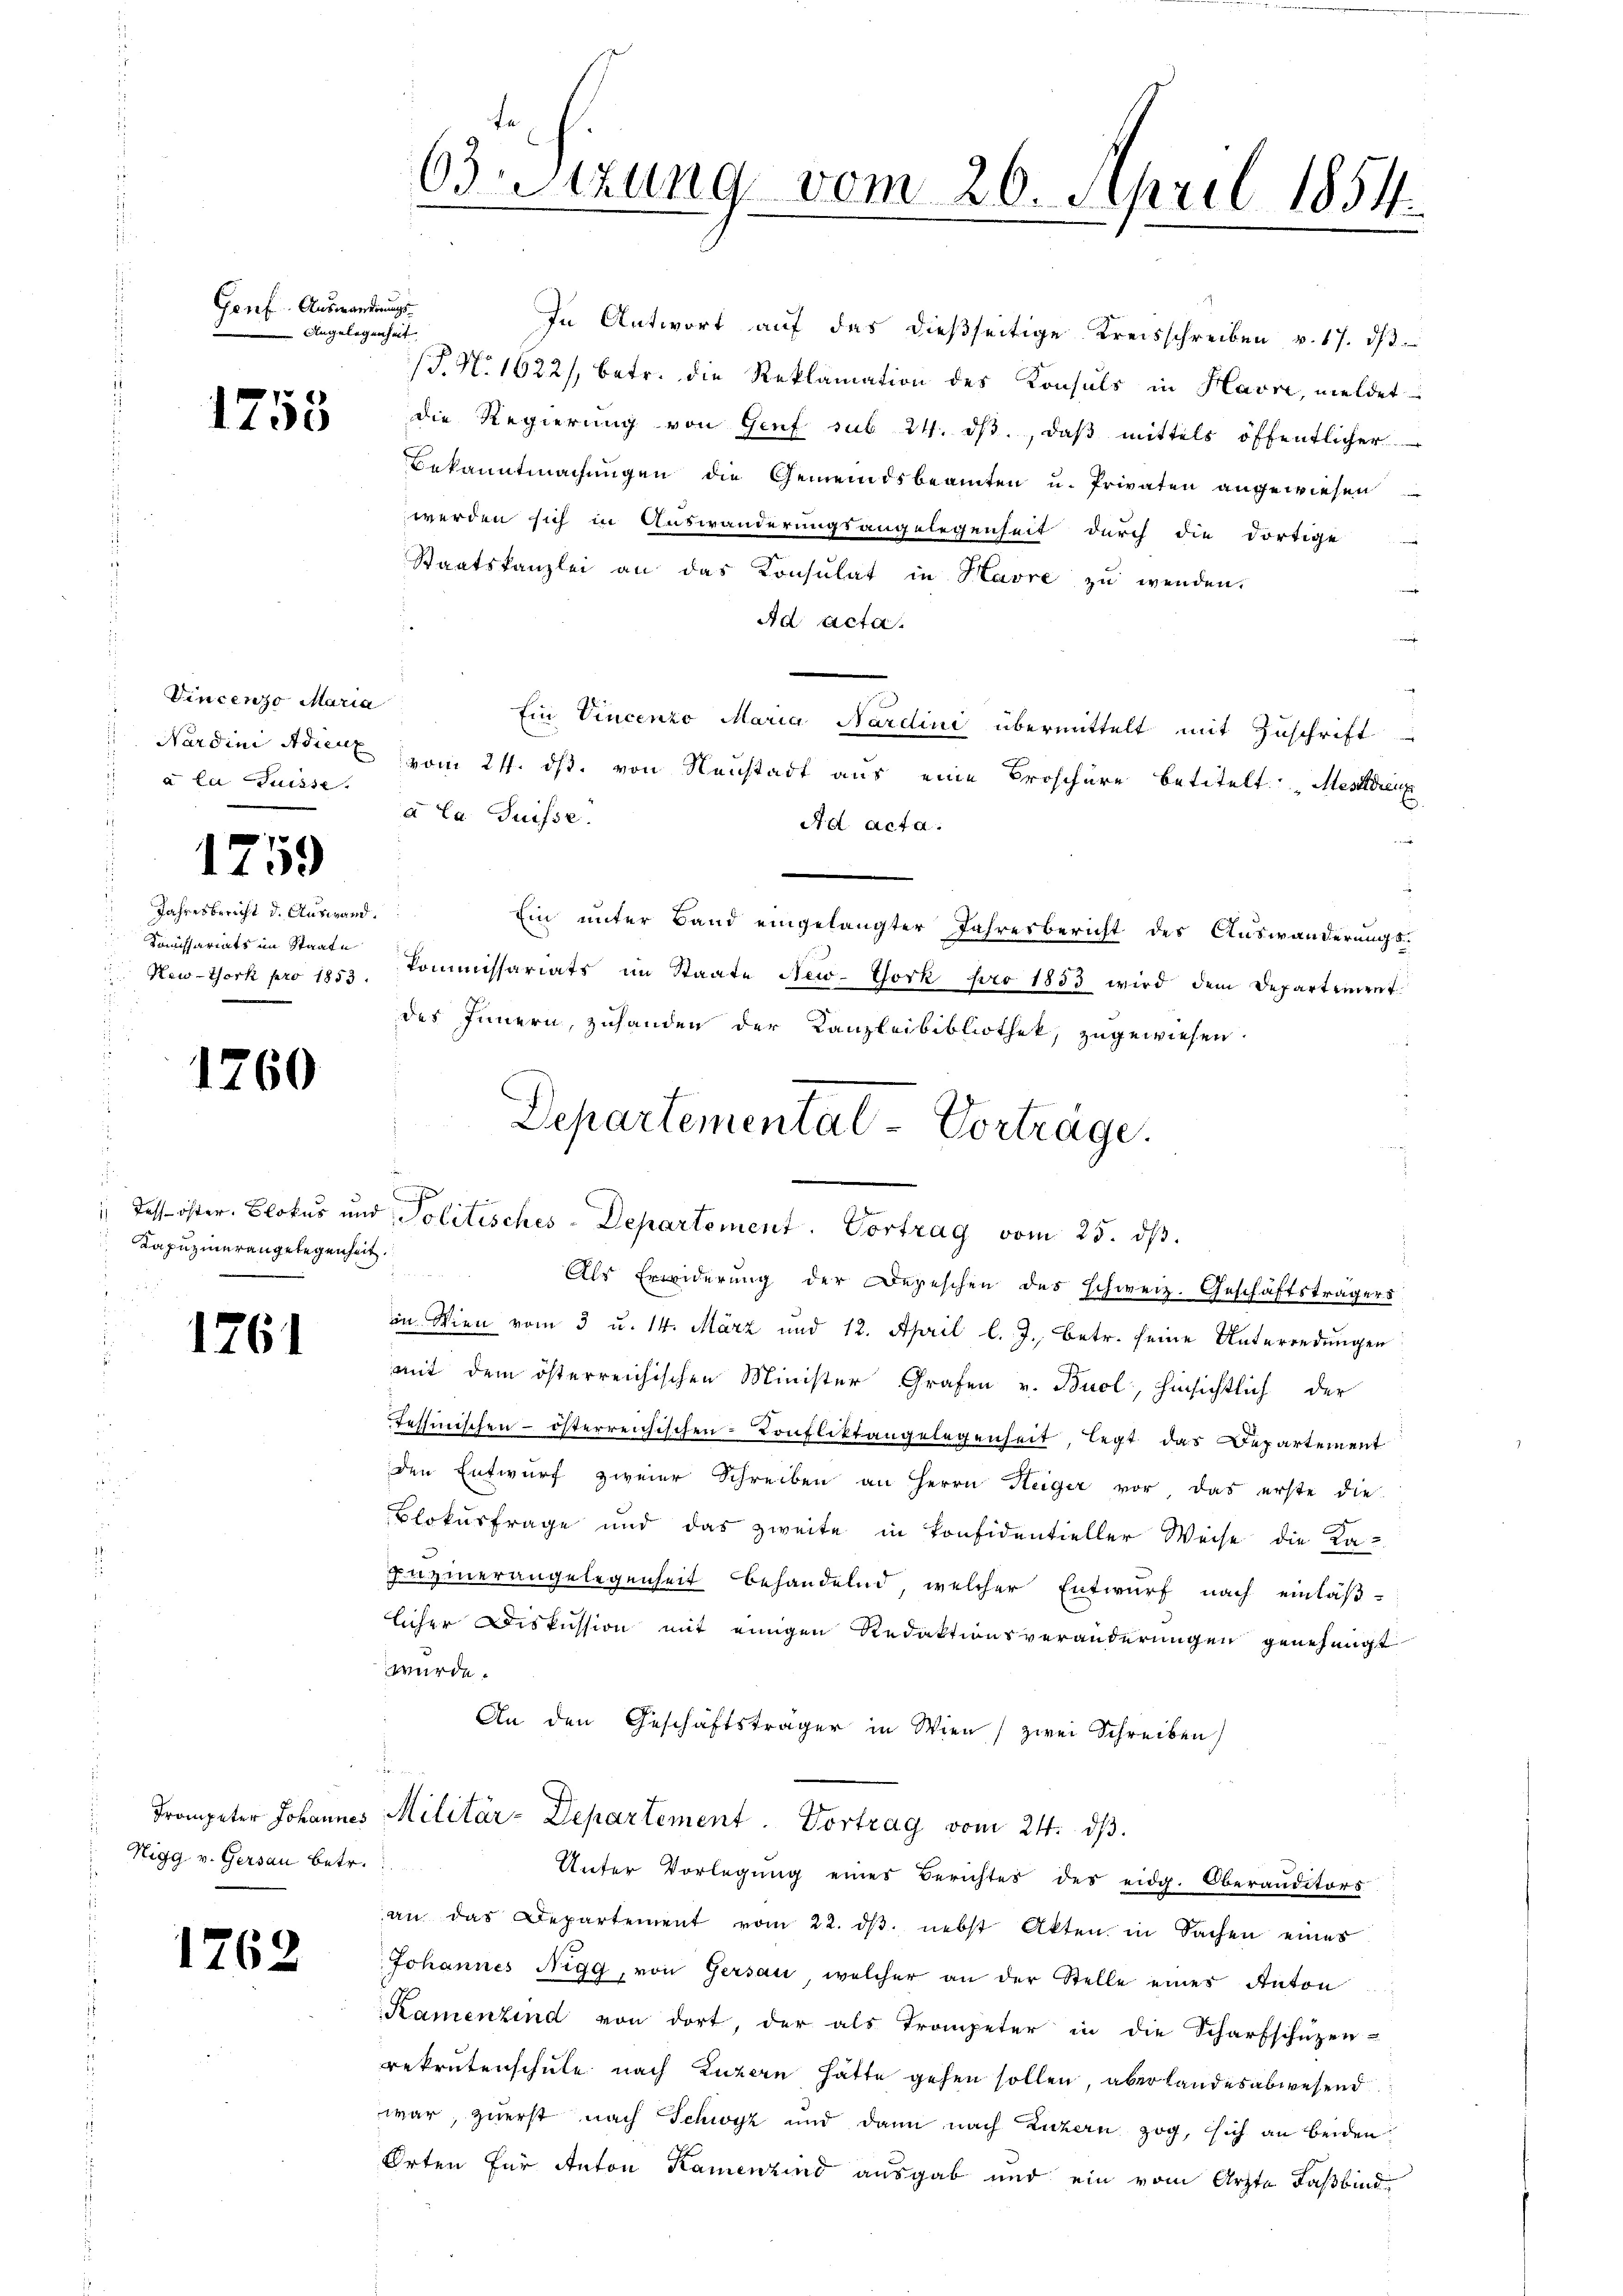
Genf. Auswandnungs
Angelegenheit |

1758

Vincenzo Maria
à la Suisse.

1759

Jahresbericht d. Auswand.
Komissariats im Staate
New-York pro 1853.

1260

Kapuzinerangelegenheit.

1761

Higg v. Gersau betr.

1762

Btzung vom 20. April 1854.

In Antwort auf das dießseitige Kreisschreiben v. 17. dβ
/T. N. 1622/, betr. die Reklamation des Konsuls in Havre, meldet
die Regierung von Genf sub 24. dβ, daß mittels öffentlicher
Bekanntmachungen die Gemeindsbeamten u. Privaten angewiesen
werden sich in Auswanderungsangelegenheit durch die dortige
Staatskanzlei an das Konsulat in Havre zŭ wenden.
n
Ad Acta.
Ein Vincenzo Maria Nardini übermittelt mit Zuschrift
Nardini Adiert vom 24. ds. von Neustadt aus eine Broschüre betitelt: „Mestrenge
à la Suisse.
Ad Acta.
Ein unter Band eingelangter Jahresbericht des Auswanderungskommissariats im Staate New-York pro 1883 wird dem Departement.
des Innern, zuhanden der Kanzleibibliothek, zugewiesen.
E
e
Als Erwiderung der Depeschen des schweiz. Geschäftsträgers
in Wien vom 3 u. 14. März und 12. April l. J. betr. seine Unterredungen
mit dem österreichischen Minister Grafen v. Buol, hinsichtlich der
Tessinischen – österreichischen Konfliktangelegenheit, legt das Departement
den Entwurf zweier Schreiben an Herrn Steiger vor, das erste die
Blokusfrage und das zweite in Confidentieller Weise die Ka-
Bazinerangelegenheit behandelnd, welcher Entwurf nach einläß-
licher Diskussion mit einigen Redaktionsveränderungen genehmigt
würde.
An den Geschäftsträger in Wien zwei Schreiben
Trompeter Johannes Militär-Departement vom 24. ds.
Unter Vorlegung eines Berichtes des eidg. Oberanditors
an das Departement vom 22. dβ. nebst Akten in Sachen eines
Johannes Nigg, von Gersau, welcher an der Stelle eines Anton
Kamenzind von dort, der als Trompeter in die Scharfschüzen-
rekrutenschule nach Luzern hätte gehen sollen, aber landesabwesend
war, zuerst nach Schwyz und dann nach Luzern zog, sich an beiden
Orten für Anton Kamenzind ausgab und ein vom Arzte Faßbind

Departemental-Vorträge.
 des öster. Blokus und Politisches - Departement. Vortrag vom 25. ds.